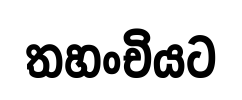
තහංචියට